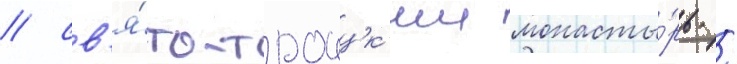
/ св'я́то-троицк'ии монасты́рь /